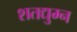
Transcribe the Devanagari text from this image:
शतद्युम्न